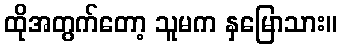
ထိုအတွက်တော့ သူမက နှမြောသား။